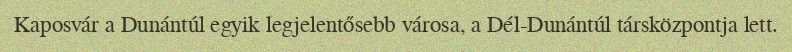
Kaposvár a Dunántúl egyik legjelentősebb városa, a Dél-Dunántúl társközpontja lett.